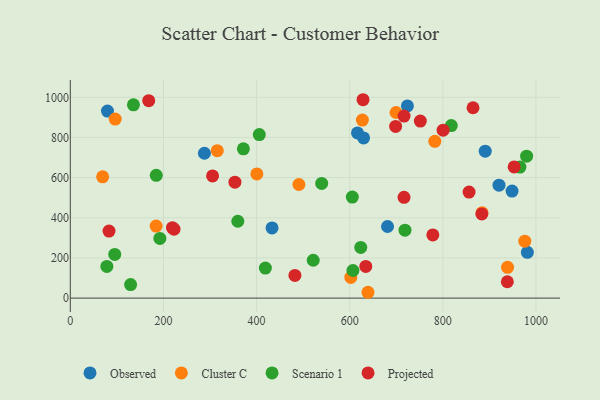
{"axis": {"x": "Engine Size", "y": "Yield"}, "legend": ["Cluster C", "Observed", "Projected", "Scenario 1"], "data": [{"x": "681.2", "y": 356.5, "type": "Observed"}, {"x": "288.0", "y": 721.4, "type": "Observed"}, {"x": "79.8", "y": 931.6, "type": "Observed"}, {"x": "723.9", "y": 956.8, "type": "Observed"}, {"x": "433.2", "y": 349.5, "type": "Observed"}, {"x": "891.0", "y": 731.7, "type": "Observed"}, {"x": "616.7", "y": 822.5, "type": "Observed"}, {"x": "948.6", "y": 533.2, "type": "Observed"}, {"x": "920.6", "y": 562.5, "type": "Observed"}, {"x": "981.5", "y": 228.0, "type": "Observed"}, {"x": "629.8", "y": 797.5, "type": "Observed"}, {"x": "490.9", "y": 565.7, "type": "Cluster C"}, {"x": "627.2", "y": 886.7, "type": "Cluster C"}, {"x": "699.5", "y": 924.2, "type": "Cluster C"}, {"x": "69.4", "y": 603.8, "type": "Cluster C"}, {"x": "938.9", "y": 153.4, "type": "Cluster C"}, {"x": "884.2", "y": 424.6, "type": "Cluster C"}, {"x": "184.3", "y": 358.6, "type": "Cluster C"}, {"x": "782.7", "y": 780.8, "type": "Cluster C"}, {"x": "96.4", "y": 891.4, "type": "Cluster C"}, {"x": "315.6", "y": 734.3, "type": "Cluster C"}, {"x": "639.2", "y": 29.0, "type": "Cluster C"}, {"x": "602.3", "y": 103.1, "type": "Cluster C"}, {"x": "976.0", "y": 283.5, "type": "Cluster C"}, {"x": "400.6", "y": 618.2, "type": "Cluster C"}, {"x": "359.7", "y": 382.7, "type": "Scenario 1"}, {"x": "135.6", "y": 962.6, "type": "Scenario 1"}, {"x": "405.8", "y": 814.3, "type": "Scenario 1"}, {"x": "818.1", "y": 859.0, "type": "Scenario 1"}, {"x": "623.7", "y": 252.6, "type": "Scenario 1"}, {"x": "539.8", "y": 571.1, "type": "Scenario 1"}, {"x": "95.4", "y": 217.3, "type": "Scenario 1"}, {"x": "184.6", "y": 611.3, "type": "Scenario 1"}, {"x": "606.9", "y": 137.4, "type": "Scenario 1"}, {"x": "979.9", "y": 706.8, "type": "Scenario 1"}, {"x": "192.3", "y": 297.4, "type": "Scenario 1"}, {"x": "718.7", "y": 338.5, "type": "Scenario 1"}, {"x": "129.5", "y": 67.1, "type": "Scenario 1"}, {"x": "418.9", "y": 149.4, "type": "Scenario 1"}, {"x": "521.6", "y": 188.6, "type": "Scenario 1"}, {"x": "605.6", "y": 502.9, "type": "Scenario 1"}, {"x": "371.7", "y": 743.2, "type": "Scenario 1"}, {"x": "965.5", "y": 652.5, "type": "Scenario 1"}, {"x": "78.5", "y": 157.6, "type": "Scenario 1"}, {"x": "482.3", "y": 112.7, "type": "Projected"}, {"x": "716.6", "y": 501.9, "type": "Projected"}, {"x": "219.3", "y": 350.7, "type": "Projected"}, {"x": "778.5", "y": 314.6, "type": "Projected"}, {"x": "168.4", "y": 983.1, "type": "Projected"}, {"x": "751.6", "y": 881.6, "type": "Projected"}, {"x": "353.5", "y": 577.4, "type": "Projected"}, {"x": "222.7", "y": 343.2, "type": "Projected"}, {"x": "83.1", "y": 333.6, "type": "Projected"}, {"x": "953.1", "y": 653.0, "type": "Projected"}, {"x": "305.5", "y": 608.5, "type": "Projected"}, {"x": "698.6", "y": 854.7, "type": "Projected"}, {"x": "628.6", "y": 987.9, "type": "Projected"}, {"x": "883.7", "y": 419.1, "type": "Projected"}, {"x": "716.7", "y": 906.4, "type": "Projected"}, {"x": "800.6", "y": 836.1, "type": "Projected"}, {"x": "938.5", "y": 81.5, "type": "Projected"}, {"x": "856.3", "y": 528.0, "type": "Projected"}, {"x": "634.5", "y": 157.7, "type": "Projected"}, {"x": "864.8", "y": 947.9, "type": "Projected"}]}